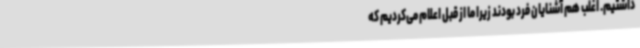
داشتیم. اغلب هم آشنایان فرد بودند زیرا ما از قبل اعلام می‌کردیم که